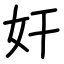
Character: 奸